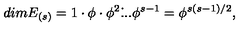
d i m E _ { ( s ) } = 1 \cdot \phi \cdot \phi ^ { 2 } \dot { . } . . \phi ^ { s - 1 } = \phi ^ { s ( s - 1 ) / 2 } ,